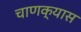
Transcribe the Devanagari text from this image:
चाणक्यास